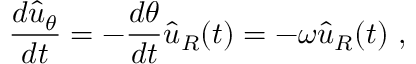
{ \frac { d { \hat { u } } _ { \theta } } { d t } } = - { \frac { d \theta } { d t } } { \hat { u } } _ { R } ( t ) = - \omega { \hat { u } } _ { R } ( t ) \ ,